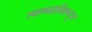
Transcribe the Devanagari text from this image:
त्याच्याविरूद्ध